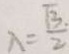
\lambda = \frac { \sqrt { 3 } } { 2 }